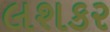
લશકર